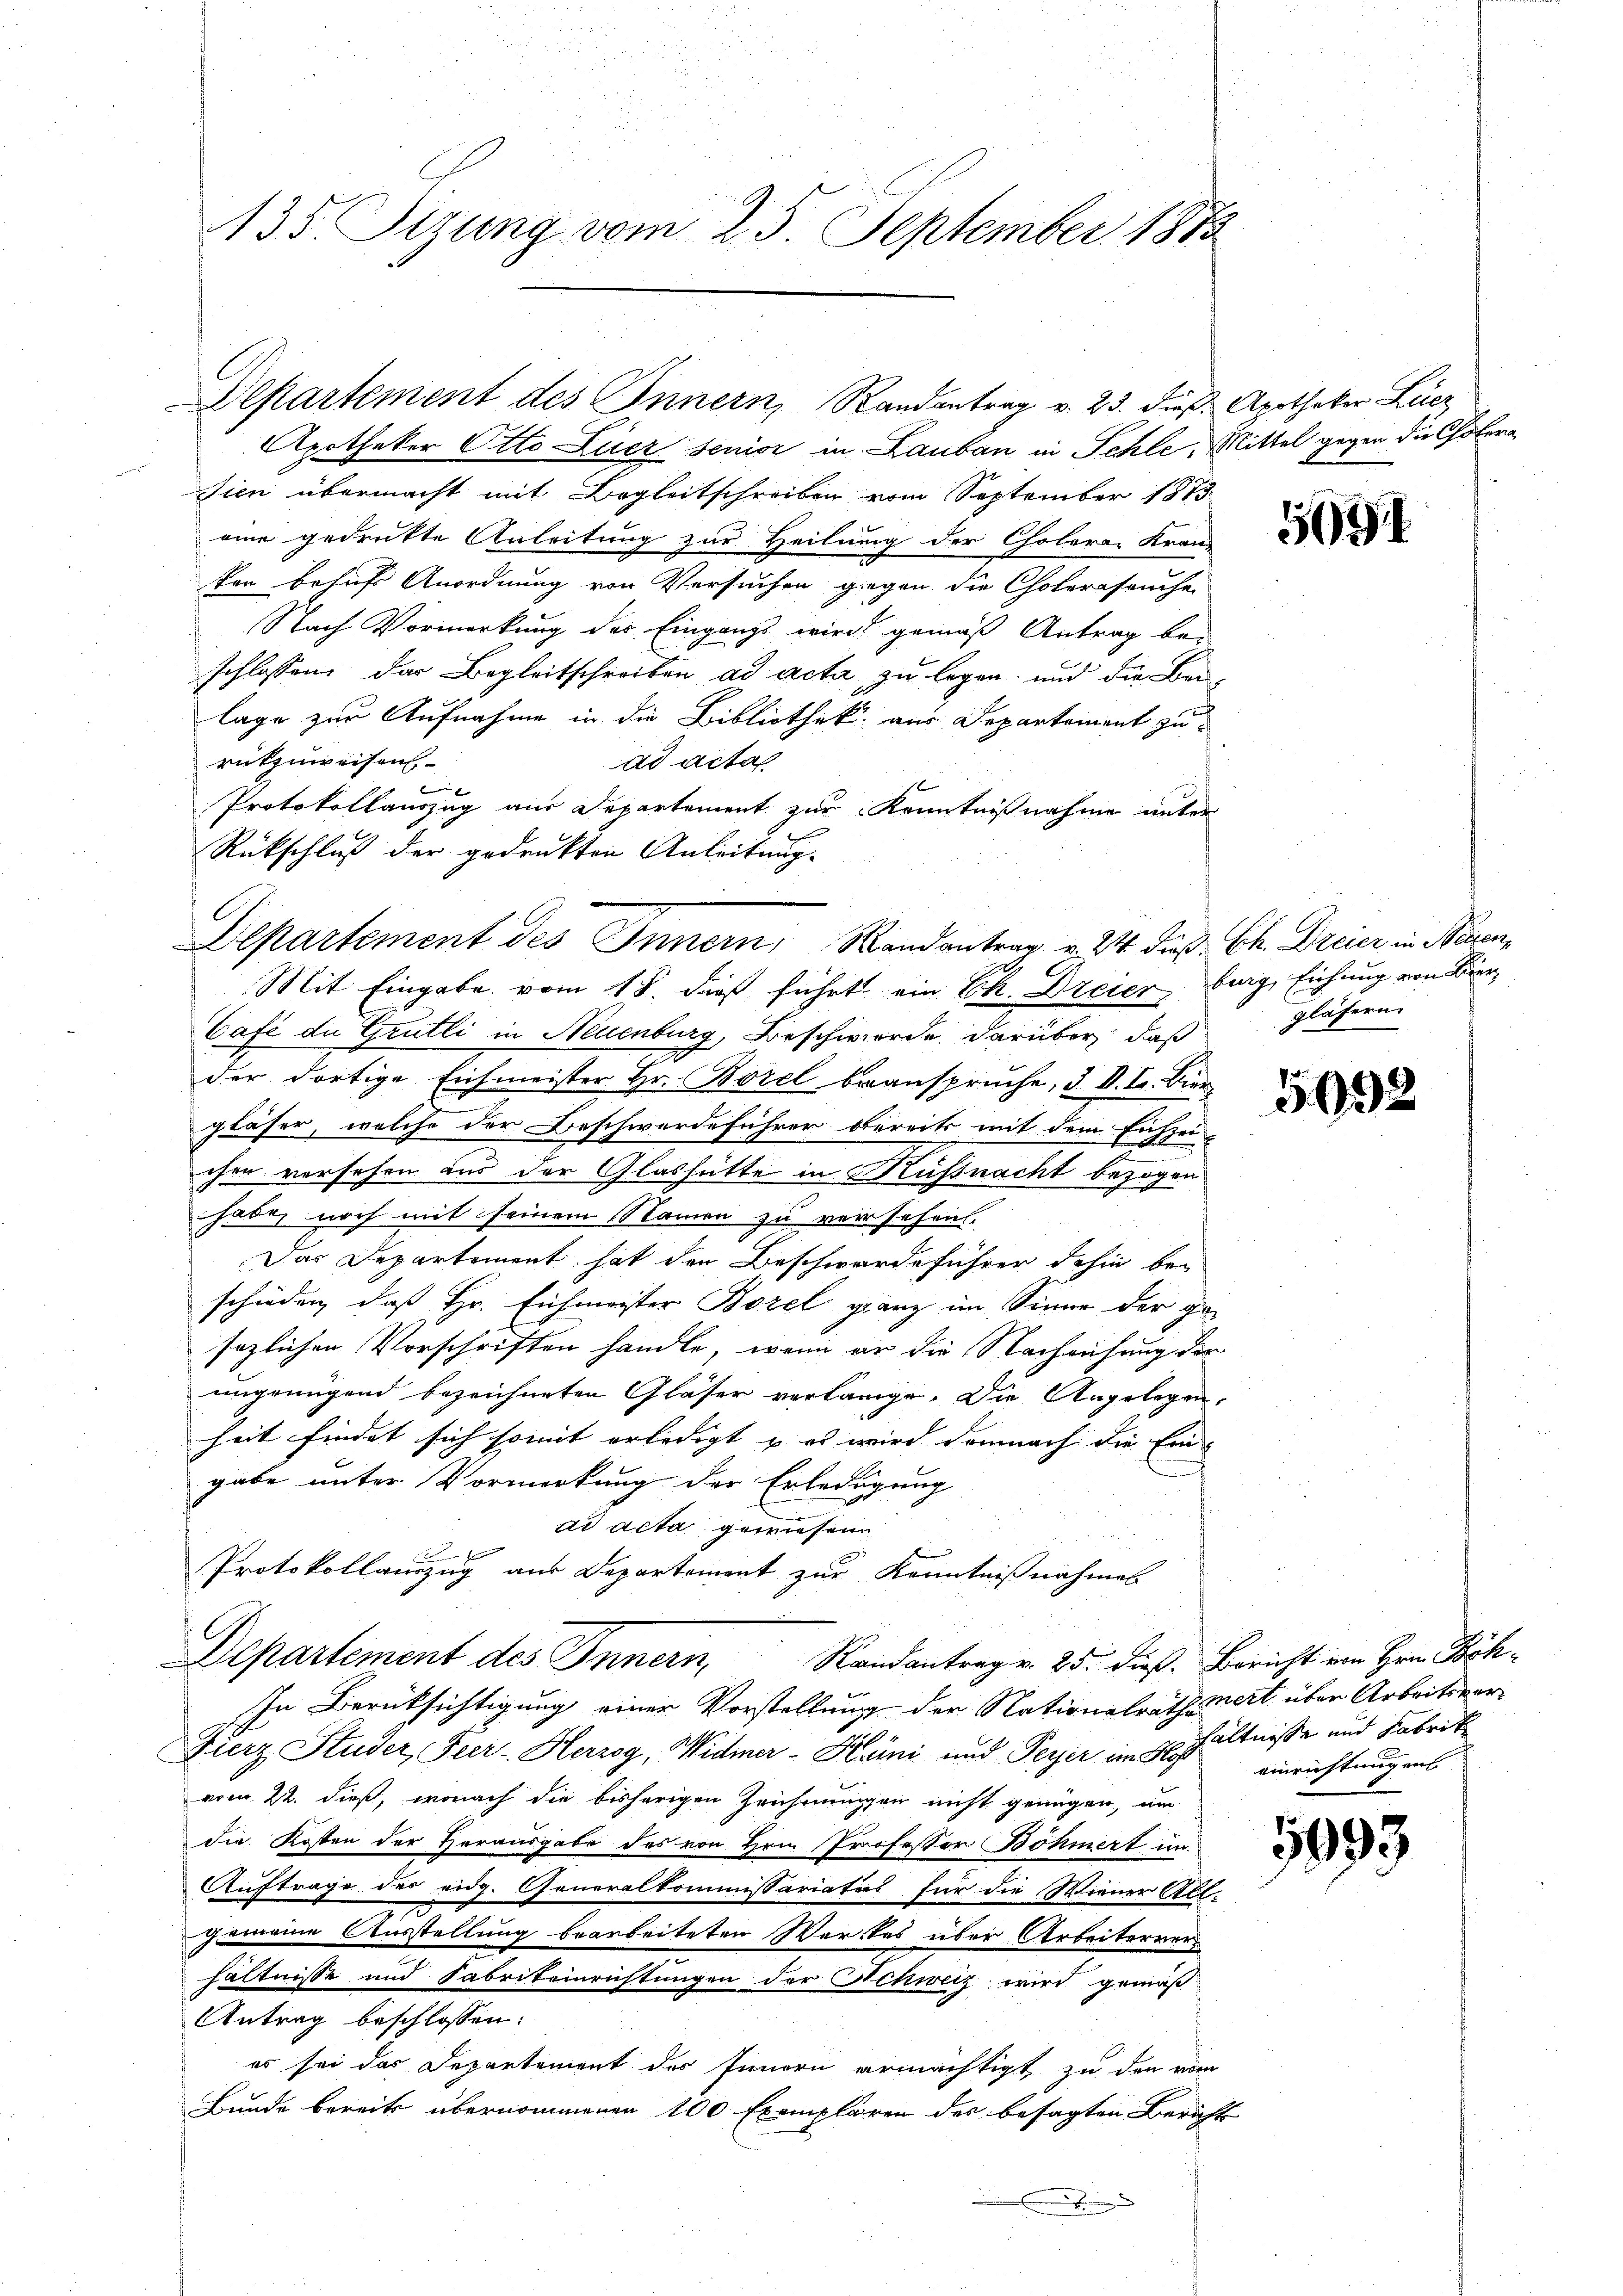
135. Stzung vom 25. September 1873

Apotheker Otto Luer senior in Lauban in Schle, Mittel gegen die Colora
sien übermacht mit Begleitschreiben vom September 1873
eine gedrukte Anleitung zur Heilung der Cholora- Kran
ken behuf Anordnung von Versuchen gegen die Cholerafruchen
Nach Vormerkung des Eingangs wird gemäß Antrag be-
schlossen, das Begleitschreiben ad acta zu legen, und die Bei-
lage zur Aufnahme in die Bibliothek aus Departement zu
rükzuweisen
ad acta

Protokollauszug aus Departement zur Kenntnißnahme unter
Rückschluß der gedrukten Anleitung-
Mit Eingabe vom 18. dieß führt ein Ek. Dreier, burg, Eichung von Bier¬
Café du Grütli in Neuenburg, Beschwerde darüber, daß
der dortige Eichmeister Hr. Borel beanspruche, d. II. I. Bier
gläser, welche der Beschwerdeführer bereits mit dem Eichzei
t
A 2
chen vorsehen und der Glashütte in Küßnacht bezogen
habe, noch mit seinem Namen zu versehen.
Das Departement hat den Beschwerdeführer dahin beschieden, daß Hr. Eichmeister Borel ganz im Sinne der ge-
sezlichen Vorschriften handle, wenn er die Nachrühung der
ungenügend bezeichneten Gläser verlange. Die Angelegen,
heit findet sich somit erledigt & es wird demnach die Ein
gabe unter Vormerkung der Erledigung
ad acta gewiesene
1
Protokollauszug aus Departement zur Kenntnißnahmes
Departement des Innern,
Randantrag v. 25. dieß. Bericht von Hrn. Böh¬
In Berüksichtigung einer Vorstellung der Nationalrathswert über Arbeitsver¬
Fierz Studer, Feer- Herzog, Widmer-Körni und Peyer im Verhältnisse und Fabrik
vom 22. dieß, wonach die bisherigen Zeichnungen nicht genügen, um
die Kosten der Herausgabe des von Hrn. Professor Böhmert in
Auftrage des eidg. Generalkommissariaters für die Wiener Allgemeine Ausstellung bearbeiteten Werkes über Arbeiterren
hältnisse und Fabrikeinrichtungen der Schweiz wird gemäß
Antrag beschlossen:
es sei das Departement des Innern ermächtigt, zu den vom
Bunde bereits übernommenen 100 Exemplaren des besagten Bericht

Departement des Innern, Randantrag v. 23. dieβ Apotheker Leer

Departement des Innern, Randantrag v. 24. dieß Ch. Dreier in Neuen,

5691

gläsern.

5932

einrichtung aus

599